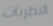
النظريات